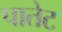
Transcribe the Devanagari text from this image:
पातेट